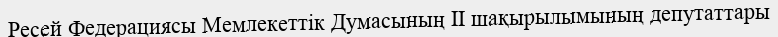
Ресей Федерациясы Мемлекеттік Думасының II шақырылымының депутаттары